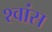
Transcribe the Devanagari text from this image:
श्‍वांस